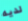
لديه